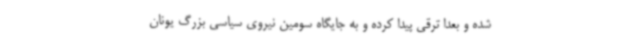
شده و بعدا ترقی پیدا کرده و به جایگاه سومین نیروی سیاسی بزرگ یونان